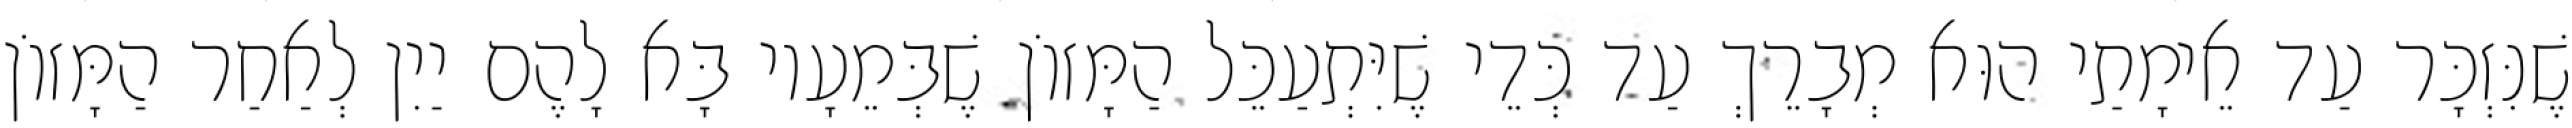
שֶׁנִּזְכָּר עַד אֵימָתַי הוּא מְבָרֵךְ עַד כְּדֵי שֶׁיִּתְעַכֵּל הַמָּזוֹן שֶׁבְּמֵעָיו בָּא לָהֶם יַיִן לְאַחַר הַמָּזוֹן